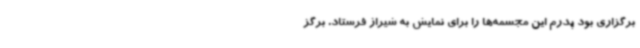
برگزاری بود پدرم این مجسمه‌ها را برای نمایش به شیراز فرستاد. برگز